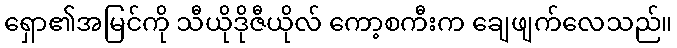
ရှော၏အမြင်ကို သီယိုဒိုဇီယိုလ် ကော့စကီးက ချေဖျက်လေသည်။